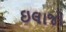
ઇલાજો